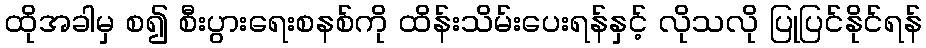
ထိုအခါမှ စ၍ စီးပွားရေးစနစ်ကို ထိန်းသိမ်းပေးရန်နှင့် လိုသလို ပြုပြင်နိုင်ရန်